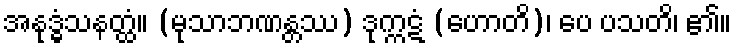
အနုဒ္ဓံသနတ္ထံ။ (မုသာဘဏန္တဿ) ဒုက္ကဋံ (ဟောတိ)၊ ပေ ပသတိ၊ ၏။